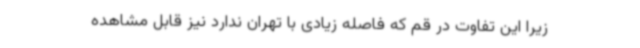
زیرا این تفاوت در قم که فاصله زیادی با تهران ندارد نیز قابل مشاهده